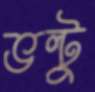
ভল্টু